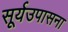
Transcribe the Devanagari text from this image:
सूर्यउपासना